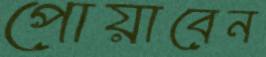
পোয়াবেন